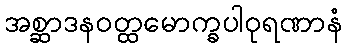
အစ္ဆာဒနဝတ္ထမောက္ခပါဝုရဏာနံ